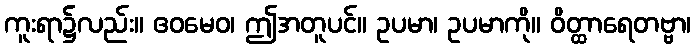
ကူးရာ၌လည်း။ ဧဝမေဝ၊ ဤအတူပင်။ ဥပမာ၊ ဥပမာကို။ ဝိတ္ထာရေတဗ္ဗာ၊